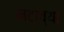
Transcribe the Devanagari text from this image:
मटाच्या